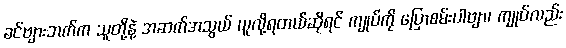
ခင်ဗျားဘက်က သူတို့နဲ့ အဆက်အသွယ် ယူလို့ရတယ်ဆိုရင် ကျုပ်ကို ပြောစမ်းပါဗျာ၊ ကျုပ်လည်း